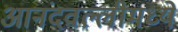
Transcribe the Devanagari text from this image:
आनंदवल्लीमध्ये